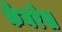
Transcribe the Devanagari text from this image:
केयरेस